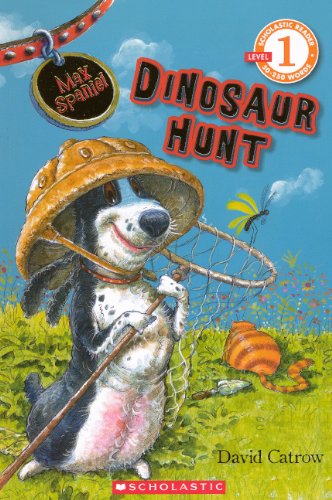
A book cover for Max Spaniel: Dinosaur Hunt (Turtleback School & Library Binding Edition) (Max Spaniel (Pb)); David Catrow; Humor & Entertainment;